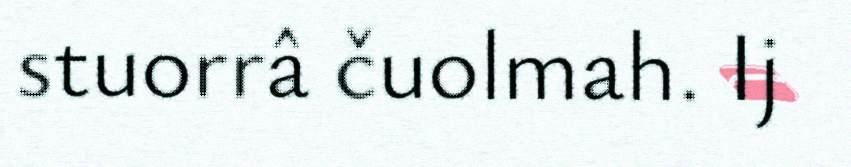
stuorrâ čuolmah. Ij